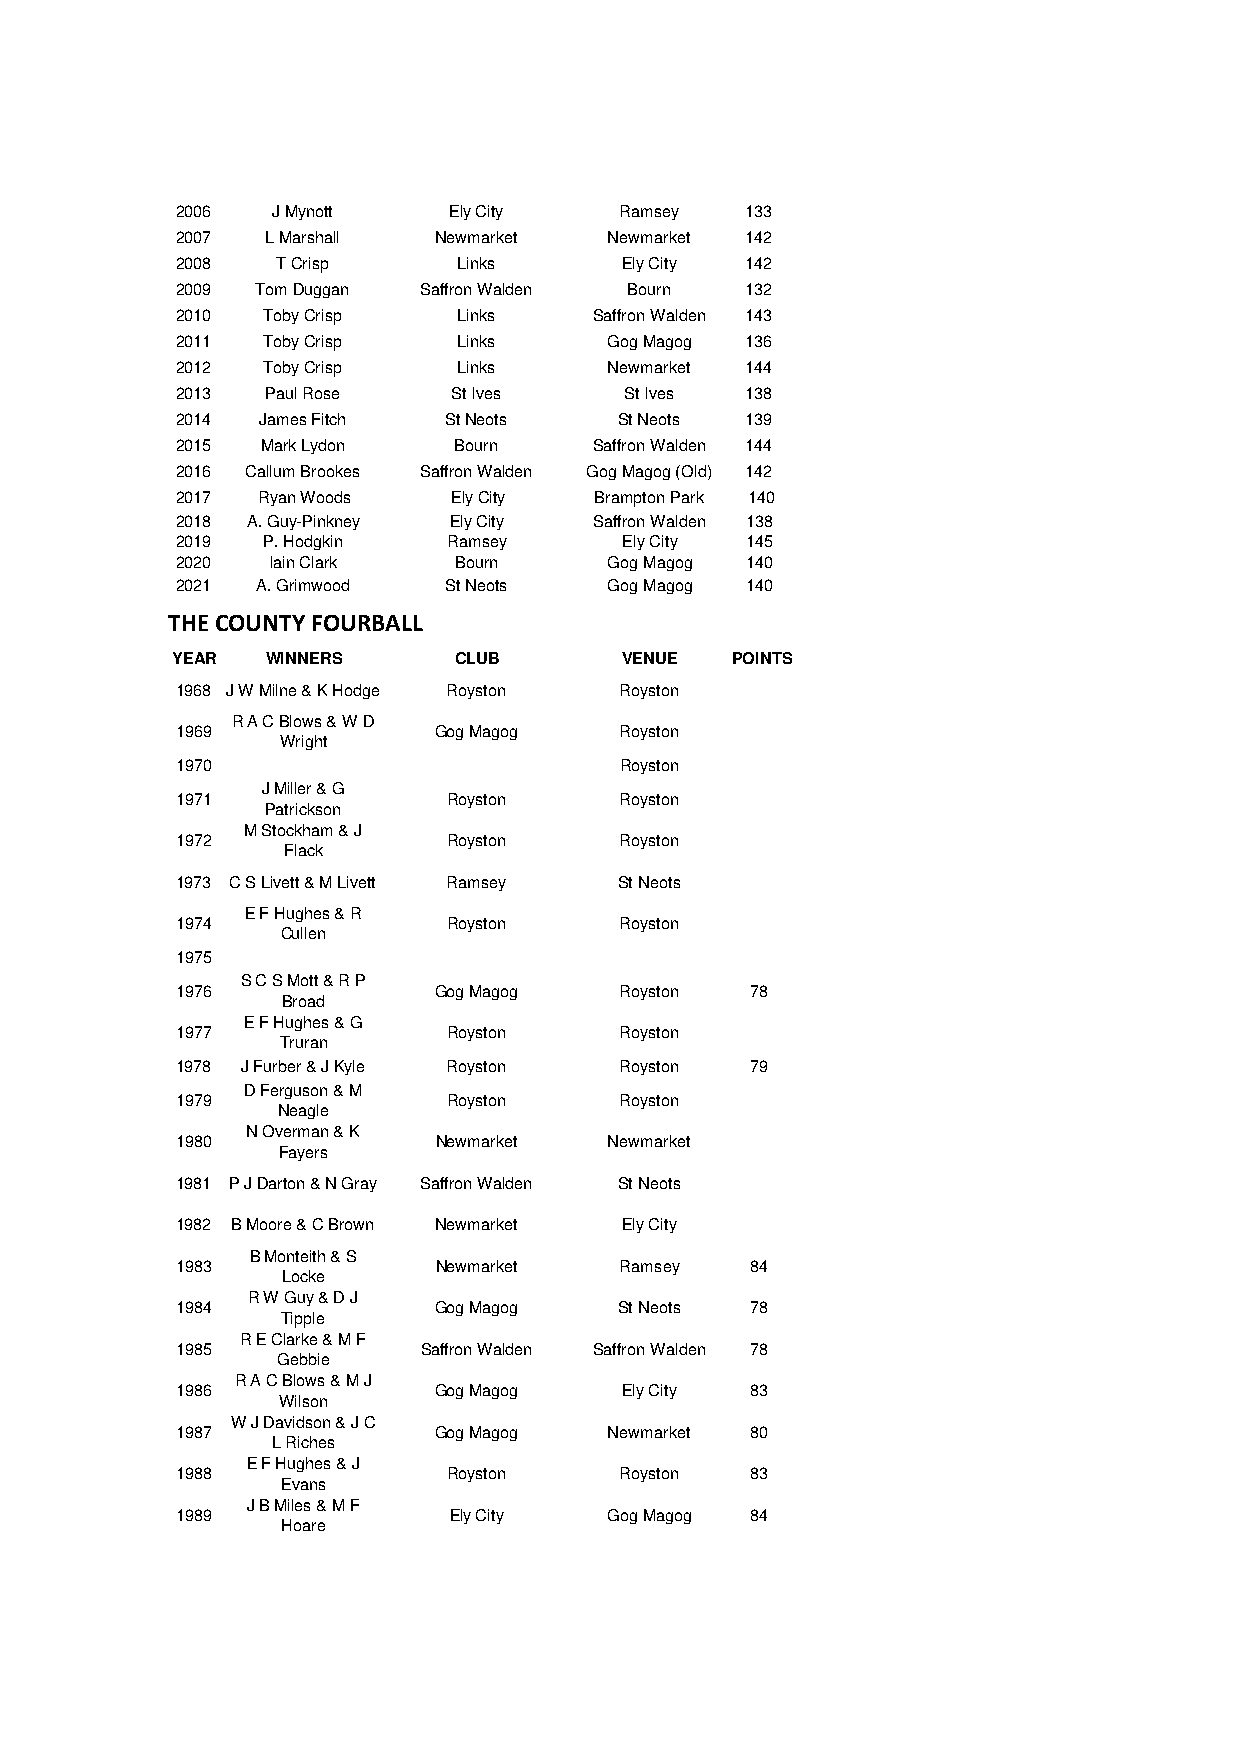
2006  J Mynott    Ely City   Ramsey  133
 2007  L Marshall Newmarket  Newmarket 142
 2008  T Crisp     Links      Ely City 142
 2009 Tom Duggan Saffron Walden Bourn 132
 2010 Toby Crisp   Links    Saffron Walden 143
 2011 Toby Crisp   Links     Gog Magog 136
 2012 Toby Crisp   Links     Newmarket 144
 2013  Paul Rose   St Ives    St Ives 138
 2014 James Fitch  St Neots   St Neots 139
 2015 Mark Lydon   Bourn    Saffron Walden 144
 2016 Callum Brookes Saffron Walden Gog Magog (Old) 142
 2017 Ryan Woods   Ely City Brampton Park 140
 2018 A. Guy-Pinkney Ely City Saffron Walden 138
 2019 P. Hodgkin   Ramsey     Ely City 145
 2020  Iain Clark  Bourn     Gog Magog 140
 2021 A. Grimwood  St Neots  Gog Magog 140
 THE COUNTY FOURBALL
 YEAR   WINNERS     CLUB       VENUE  POINTS
 1968 J W Milne & K Hodge Royston Royston
 R A C Blows & W D
 1969             Gog Magog   Royston
 Wright
 1970                         Royston
 J Miller & G
 1971              Royston    Royston
 Patrickson
 M Stockham & J
 1972              Royston    Royston
 Flack
 1973 C S Livett & M Livett Ramsey St Neots
 E F Hughes & R
 1974              Royston    Royston
 Cullen
 1975
 S C S Mott & R P
 1976             Gog Magog   Royston  78
 Broad
 E F Hughes & G
 1977              Royston    Royston
 Truran
 1978 J Furber & J Kyle Royston Royston 79
 D Ferguson & M
 1979              Royston    Royston
 Neagle
 N Overman & K
 1980             Newmarket  Newmarket
 Fayers
 1981 P J Darton & N Gray Saffron Walden St Neots
 1982 B Moore & C Brown Newmarket Ely City
 B Monteith & S
 1983             Newmarket   Ramsey   84
 Locke
 R W Guy & D J
 1984             Gog Magog   St Neots 78
 Tipple
 R E Clarke & M F
 1985            Saffron Walden Saffron Walden 78
 Gebbie
 R A C Blows & M J
 1986             Gog Magog   Ely City 83
 Wilson
 W J Davidson & J C
 1987             Gog Magog  Newmarket 80
 L Riches
 E F Hughes & J
 1988              Royston    Royston  83
 Evans
 J B Miles & M F
 1989              Ely City  Gog Magog 84
 Hoare